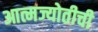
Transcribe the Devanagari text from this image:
आत्मज्योतीची